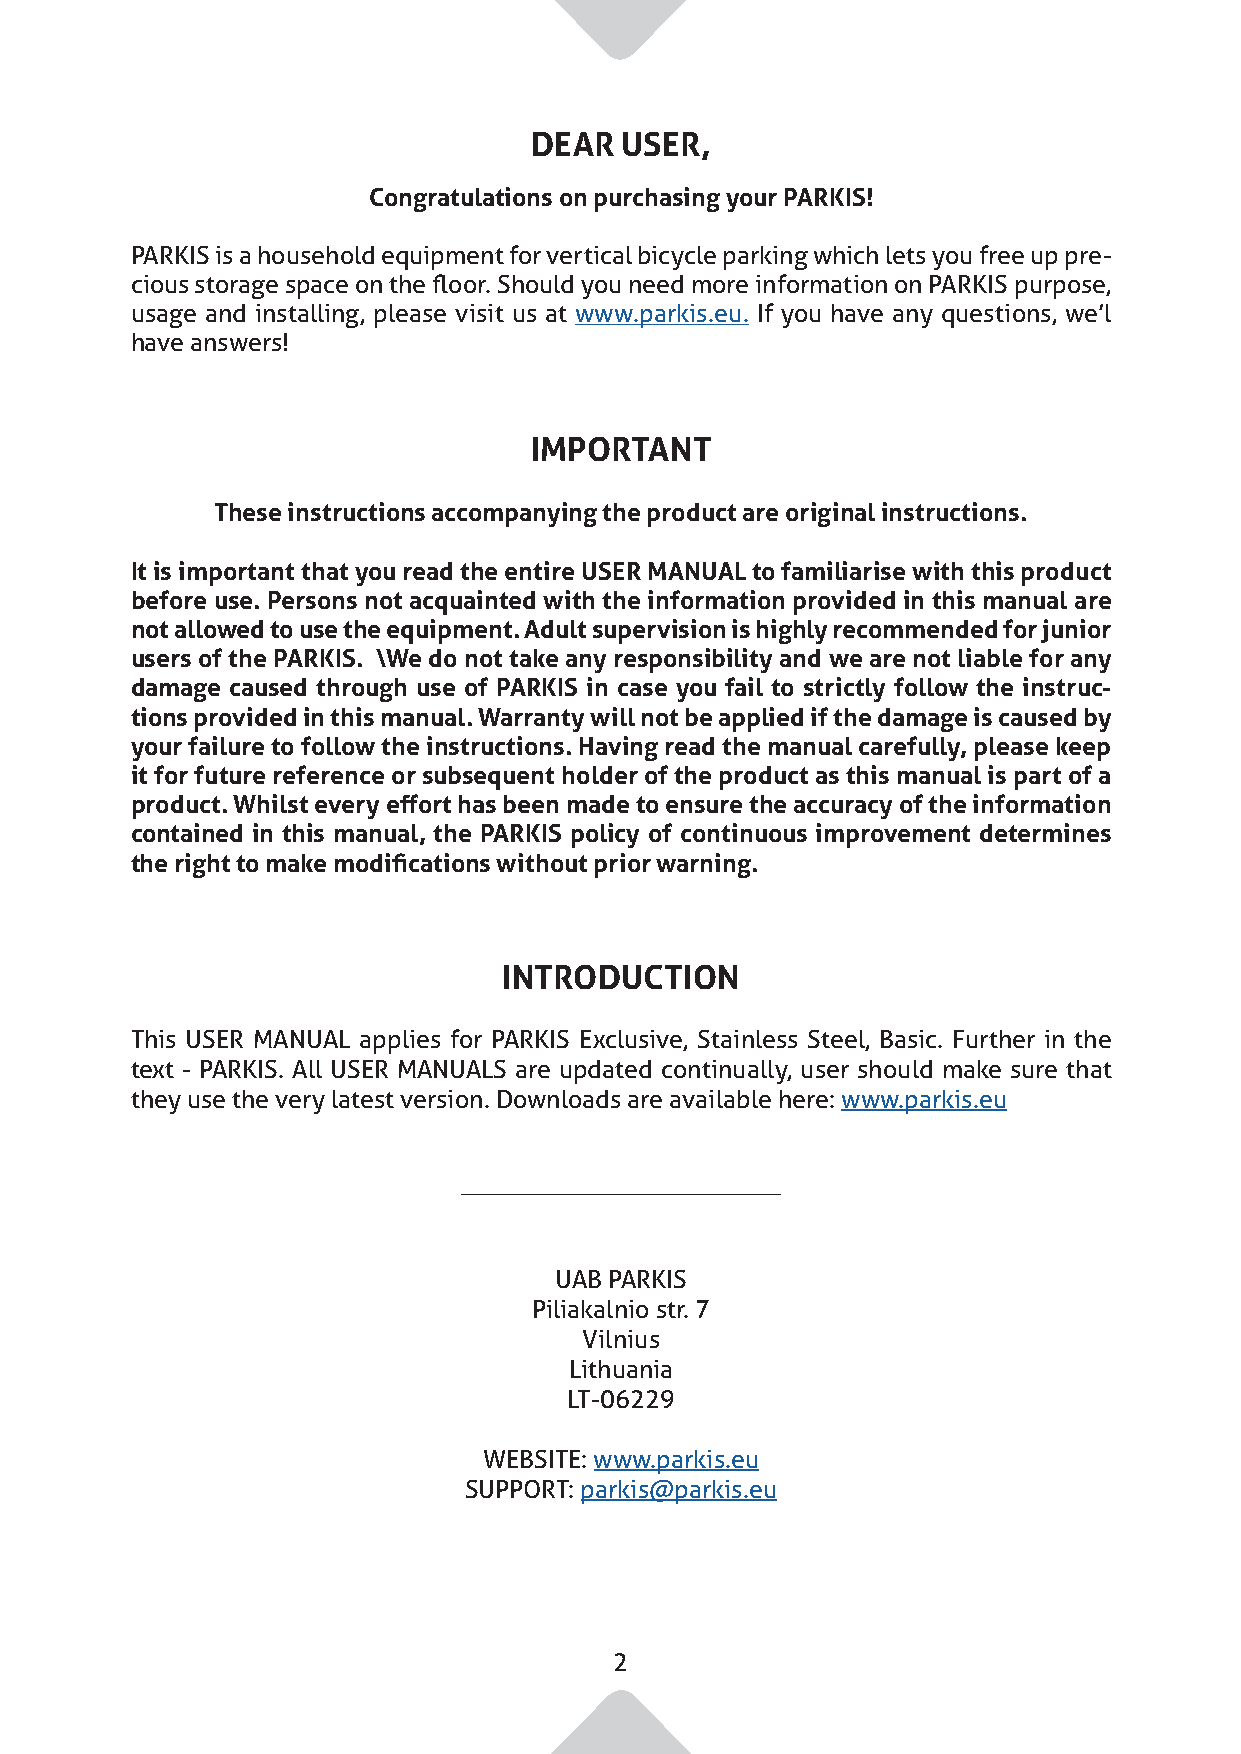
DEAR  USER,
 Congratulations on purchasing your PARKIS!
 PARKIS is a household equipment for vertical bicycle parking which lets you free up pre-
 cious storage space on the floor. Should you need more information on PARKIS purpose,
 usage and installing, please visit us at www.parkis.eu. If you have any questions, we’l
 have answers!
 IMPORTANT
 These instructions accompanying the product are original instructions.
 It is important that you read the entire USER MANUAL to familiarise with this product
 before use. Persons not acquainted with the information provided in this manual are
 not allowed to use the equipment. Adult supervision is highly recommended for junior
 users of the PARKIS. \We do not take any responsibility and we are not liable for any
 damage caused through use of PARKIS in case you fail to strictly follow the instruc-
 tions provided in this manual. Warranty will not be applied if the damage is caused by
 your failure to follow the instructions. Having read the manual carefully, please keep
 it for future reference or subsequent holder of the product as this manual is part of a
 product. Whilst every effort has been made to ensure the accuracy of the information
 contained in this manual, the PARKIS policy of continuous improvement determines
 the right to make modifications without prior warning.
 INTRODUCTION
 This USER MANUAL applies for PARKIS Exclusive, Stainless Steel, Basic. Further in the
 text - PARKIS. All USER MANUALS are updated continually, user should make sure that
 they use the very latest version. Downloads are available here: www.parkis.eu
 UAB PARKIS
 Piliakalnio str. 7
 Vilnius
 Lithuania
 LT-06229
 WEBSITE: www.parkis.eu
 SUPPORT: parkis@parkis.eu
 2